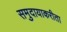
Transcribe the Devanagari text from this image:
समुदायाकरीता